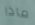
ماذا